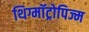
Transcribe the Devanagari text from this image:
थिग्मॉट्रोपिज्म